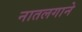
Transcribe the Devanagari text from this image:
नातलगाने